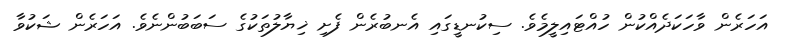
އަހަރެން ވާހަކަދެއްކުން ހުއްޓައިލީމެވެ. ސިކުނޑީގައި އެނބުރެން ފެށި ޚިޔާލުތަކުގެ ސަބަބުންނެވެ. އަހަރެން ޝަކުވާ